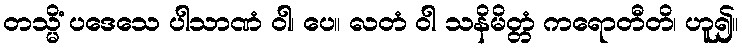
တသ္မိံ ပဒေသေ ပါသာဏံ ဝါ၊ ပေ။ လတံ ဝါ သနိမိတ္တံ ကရောတီတိ၊ ဟူ၍။